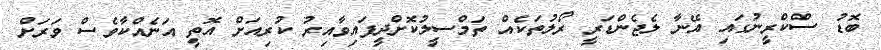
ބޮޑު ސްކްރީނުގައި އޭނާ ލެޖެންޑަރީ ރޯލުތަކެއް ތަމްސީލުކޮށްދީފައިވާއިރު ކުރިއަށް އޮތީ އަނެއްކާވެސް ވަރަށް